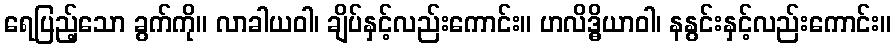
ရေပြည့်သော ခွက်ကို။ လာခါယဝါ၊ ချိပ်နှင့်လည်းကောင်း။ ဟလိဒ္ဓိယာဝါ၊ နနွင်းနှင့်လည်းကောင်း။